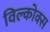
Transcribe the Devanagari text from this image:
विल्कोक्स